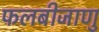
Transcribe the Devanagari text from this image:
फलबीजाणु